Report on vaccination in Madras 1895-1903 - 1895-1903
Year: 1895
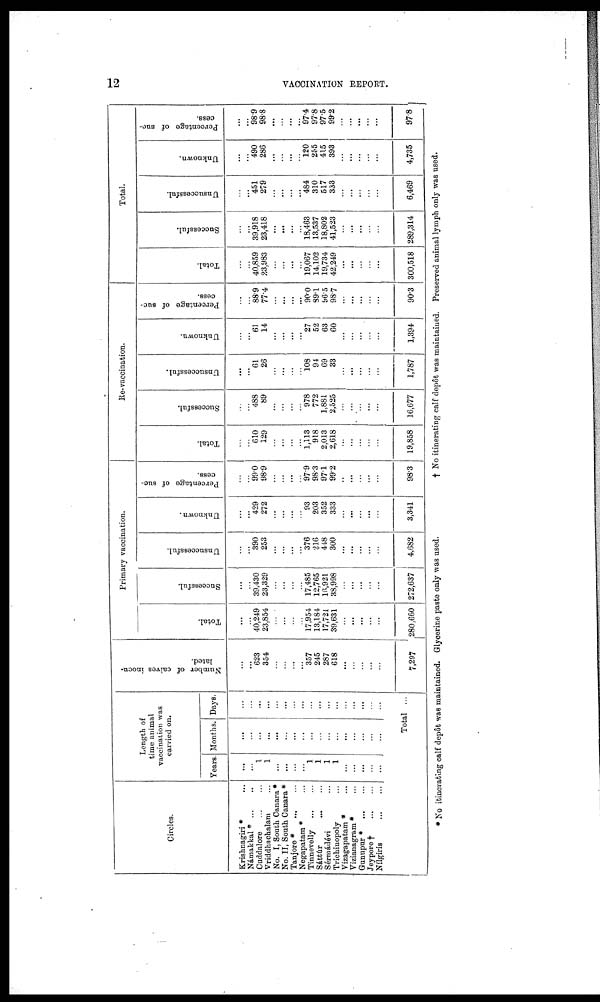
12
VACCINATION REPORT.
Circles.
Krishnagiri * ...
Námakkal * ... ...
Cuddalore
...
...
Vriddhachalam ...
No. I, South Canara *
No. II, South Canara *
Tanjore *
...
...
Negapatam* ...
Tinnevelly
...
...
Sáttur
...
...
Sérmádévi ...
Trichinopoly ...
Vizagapatam * ...
Vizianagram * ...
Gunnpur *
...
...
Jeypore †
...
...
Nílgiris
...
...
Length of
time animal
vaccination was
carried on.
Years.
...
...
1
1
...
...
...
...
1
1
1
1
...
...
...
...
...
Months.
...
...
...
...
...
...
...
...
...
...
...
...
...
...
...
...
...
Days.
...
...
...
...
...
...
...
...
...
...
...
...
...
...
...
...
...
Total ...
Number of calves inocu-
lated.
...
...
623
354
...
...
...
...
357
245
287
618
...
...
...
...
...
7,297
Primary vaccination.
Total.
...
...
40,249
23,854
...
...
...
...
17,954
13,184
17,721
39,631
...
...
...
...
...
280,660
Successful.
...
...
39,430
23,329
...
...
...
...
17,485
12,765
16,921
38,998
...
...
...
...
...
272,637
Unsuccessful.
...
...
390
253
...
...
...
...
376
216
448
300
...
...
...
...
...
4,682
Unknown.
...
...
429
272
...
...
...
...
93
203
352
333
...
...
...
...
...
3,341
Percentage of suc-
cess.
...
...
99.0
98.9
...
...
...
...
97.9
98.3
97.1
99.2
...
...
...
...
...
98.3
Re-vaccination.
Total.
...
...
610
129
...
...
...
...
1,113
918
2,013
2,618
...
...
...
...
...
19,858
Successful.
...
...
488
89
...
...
...
...
978
772
1,881
2,525
...
...
...
...
...
16,677
Unsuccessful.
...
...
61
26
...
...
...
...
108
94
69
33
...
...
...
...
...
1,787
Unknown.
...
...
61
14
...
...
...
...
27
52
63
60
...
...
...
...
...
1,394
Percentage of suc-
cess.
...
...
88.9
77.4
...
...
...
...
90.0
89.1
96.5
98.7
...
...
...
...
...
90.3
Total.
Total.
...
...
40,859
23,983
...
...
...
...
19,067
14,102
19,734
42,249
...
...
...
...
...
300,518
Successful.
...
...
39,918
23,418
...
...
...
...
18,463
13,537
18,802
41,523
...
...
...
...
...
289,314
Unsuccessful.
...
...
451
279
...
...
...
...
484
310
517
333
...
...
...
...
...
6,469
Unknown.
...
...
490
286
...
...
...
...
120
255
415
393
...
...
...
...
...
4,735
Percentage of suc-
cess.
...
...
98.9
98.8
...
...
...
...
97.4
97.8
97.5
99.2
...
...
...
...
...
97.8
* No itinerating calf depôt was maintained. Glycerine paste only was used.
† No itinerating calf depôt was maintained. Preserved animal lymph only was used.